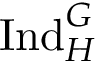
{ \mathrm { I n d } } _ { H } ^ { G }